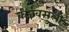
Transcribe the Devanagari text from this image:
कर्जवसुली